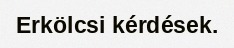
Erkölcsi kérdések.